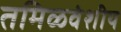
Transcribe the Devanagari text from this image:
तमिळवंशीय